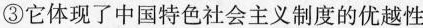
③它体现了中国特色社会主义制度的优越性